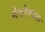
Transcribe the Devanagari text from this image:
नेत्रोपचार